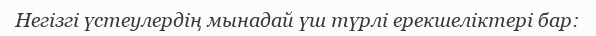
Негізгі үстеулердің мынадай үш түрлі ерекшеліктері бар: